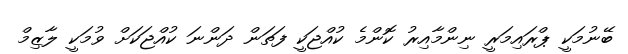
ބޭނުމަކީ ޕްރައިމަރީ ނިންމާއިރު ކޮންމެ ކުއްޖަކީ ފަތަން ދަންނަ ކުއްޖަކަށް ވުމަކީ ލާޒިމް